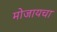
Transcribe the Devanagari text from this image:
मोजायचा